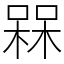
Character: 槑